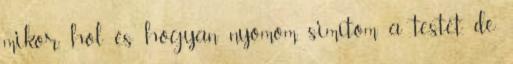
mikor, hol és hogyan nyomom, simítom a testét, de